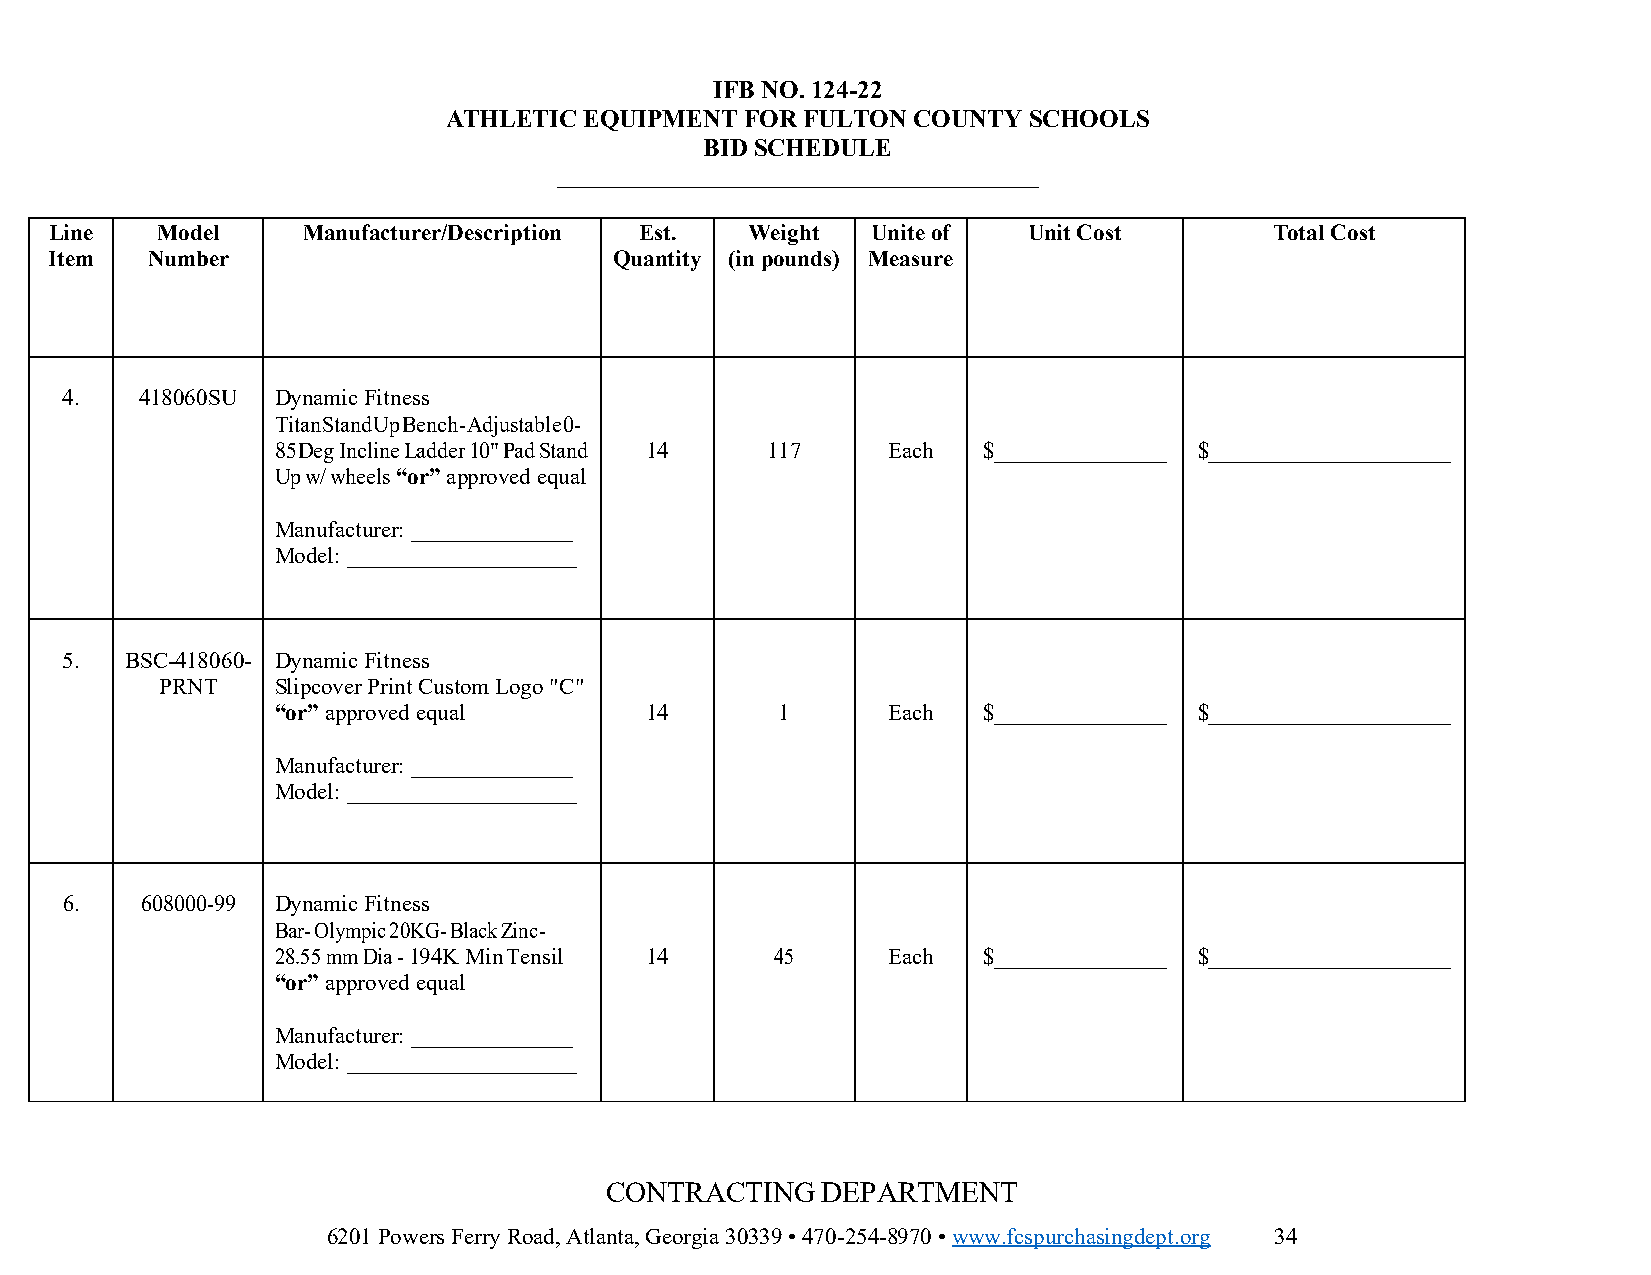
IFB NO. 124-22
 ATHLETIC  EQUIPMENT FOR FULTON COUNTY  SCHOOLS
 BID SCHEDULE
 __________________________________________
 Line   Model     Manufacturer/Description Est. Weight  Unite of  Unit Cost       Total Cost
 Item   Number                         Quantity (in pounds) Measure
 4.   418060SU Dynamic Fitness
 Titan Stand Up Bench - Adjustable 0-
 85 Deg Incline Ladder 10" Pad Stand 14 117 Each $_______________ $_____________________
 Up w/ wheels “or” approved equal
 Manufacturer: ______________
 Model: ____________________
 5.  BSC-418060- Dynamic Fitness
 PRNT   Slipcover Print Custom Logo "C"
 “or” approved equal      14      1       Each  $_______________ $_____________________
 Manufacturer: ______________
 Model: ____________________
 6.   608000-99 Dynamic Fitness
 Bar- Olympic 20KG- Black Zinc-
 28.55 mm Dia - 194K Min Tensil 14 45     Each  $_______________ $_____________________
 “or” approved equal
 Manufacturer: ______________
 Model: ____________________
 CONTRACTING   DEPARTMENT
 6201 Powers Ferry Road, Atlanta, Georgia 30339 • 470-254-8970 • www.fcspurchasingdept.org 34